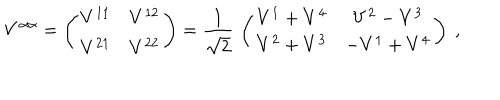
LaTeX: V ^ { \alpha \dot { \alpha } } = \left( \begin{matrix} { { V ^ { 1 \dot { 1 } } } } & { { V ^ { 1 \dot { 2 } } } } \\ { { V ^ { 2 \dot { 1 } } } } & { { V ^ { 2 \dot { 2 } } } } \\ \end{matrix} \right) = { \frac { 1 } { \sqrt 2 } } \, \left( \begin{matrix} { { V ^ { 1 } + V ^ { 4 } } } & { { V ^ { 2 } - V ^ { 3 } } } \\ { { V ^ { 2 } + V ^ { 3 } } } & { { - V ^ { 1 } + V ^ { 4 } } } \\ \end{matrix} \right) \ ,